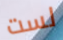
لست